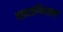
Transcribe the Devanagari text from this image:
कारागिराला